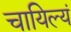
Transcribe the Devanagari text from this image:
चायिल्यं